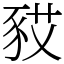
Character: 𧰿